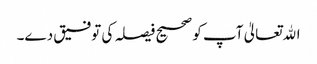
اﷲتعالیٰ آپ کو صحیح فیصلہ کی توفیق دے۔